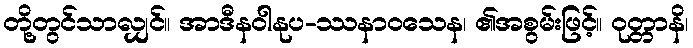
တို့တွင်သာလျှင်။ အာဒီနဝါနုပ-ဿနာဝသေန၊ ၏အစွမ်းဖြင့်။ ဝုတ္တာနိ၊